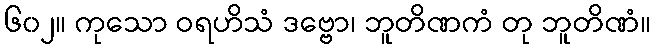
၆၀၂။ ကုသော ဝရဟိသံ ဒဗ္ဗော၊ ဘူတိဏကံ တု ဘူတိဏံ။